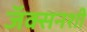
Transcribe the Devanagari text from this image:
जॅक्सनशी